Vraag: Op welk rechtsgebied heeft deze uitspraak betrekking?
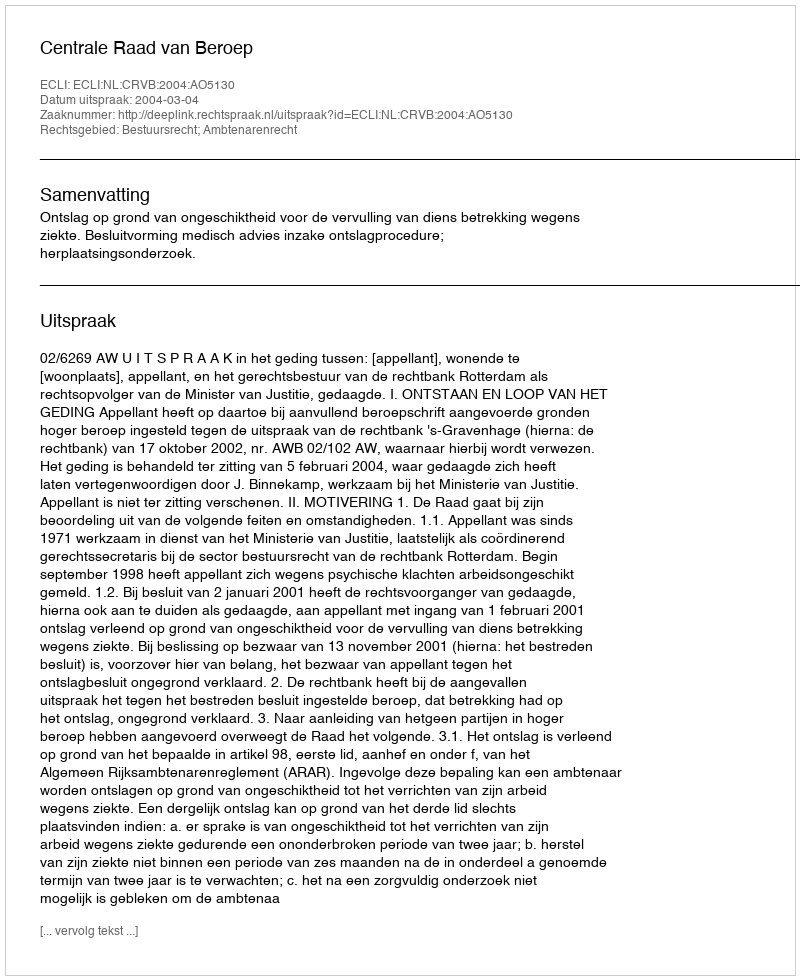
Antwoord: Bestuursrecht; Ambtenarenrecht